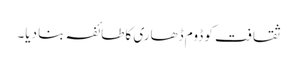
ثقافت کو ڈوم ڈھاری کا طائفہ بنا دیا۔